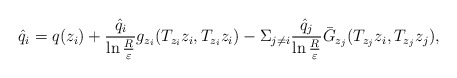
\begin{align*}\hat{q}_i=q(z_i)+\frac{\hat{q}_i}{\ln\frac{R}{\varepsilon}}g_{z_i}(T_{z_i}z_i, T_{z_i}z_i)-\Sigma_{j\neq i}\frac{\hat{q}_j}{\ln\frac{R}{\varepsilon}}\bar{G}_{z_j}(T_{z_j}z_i, T_{z_j}z_j),\end{align*}